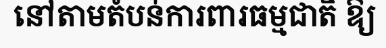
នៅតាមតំបន់ការពារធម្មជាតិ ឱ្យ